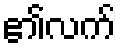
၏လက်